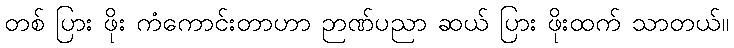
တစ် ပြား ဖိုး ကံကောင်းတာဟာ ဉာဏ်ပညာ ဆယ် ပြား ဖိုးထက် သာတယ်။